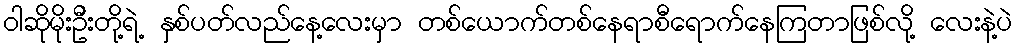
ဝါဆိုမိုးဦးတို့ရဲ့ နှစ်ပတ်လည်နေ့လေးမှာ တစ်ယောက်တစ်နေရာစီရောက်နေကြတာဖြစ်လို့ လေးနဲ့ပဲ